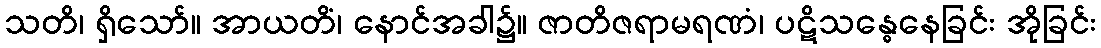
သတိ၊ ရှိသော်။ အာယတိံ၊ နောင်အခါ၌။ ဇာတိဇရာမရဏံ၊ ပဋိသန္ဓေနေခြင်း အိုခြင်း